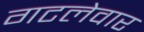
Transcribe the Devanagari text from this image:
गटलेवार